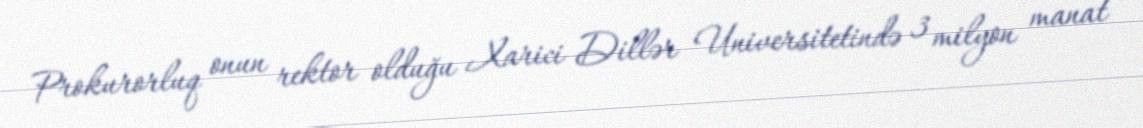
Prokurorluq onun rektor olduğu Xarici Dillər Universitetində 3 milyon manat